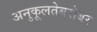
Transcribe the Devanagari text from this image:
अनुकूलतेबरोबर